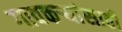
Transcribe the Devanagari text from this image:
गावकऱ्यांसाठी